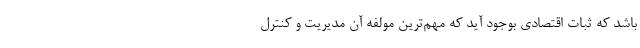
باشد که ثبات اقتصادی بوجود آید که مهم‌ترین مولفه آن مدیریت و کنترل